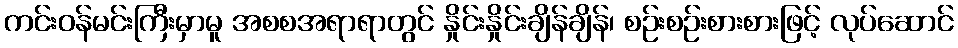
ကင်းဝန်မင်းကြီးမှာမူ အစစအရာရာတွင် နှိုင်းနှိုင်းချိန်ချိန်၊ စဉ်းစဉ်းစားစားဖြင့် လုပ်ဆောင်